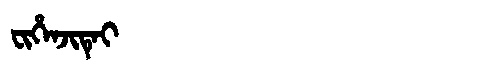
Manchu: ᠸᡳᡥᡝᠨᠵᡳᡨᡝᡳ
Romanization: FIHENJITEI